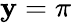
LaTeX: \mathbf{y}=\pi